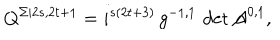
Q ^ { \Sigma | 2 s , 2 t + 1 } = i ^ { s ( 2 t + 3 ) } \, g ^ { - 1 , 1 } \, \det \mathcal { A } ^ { 0 , 1 } ,